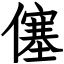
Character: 僿